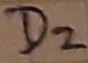
Text: D2